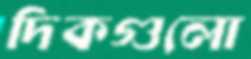
দিকগুলো